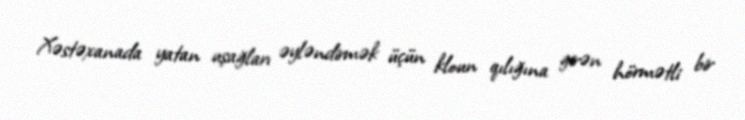
Xəstəxanada yatan uşağları əyləndirmək üçün kloun qılığına girən hörmətli bir